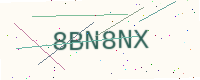
Text: 8BN8NX